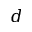
d